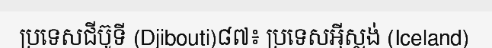
ប្រទេសជីប៊ូទី (Djibouti)៨៧៖ ប្រទេសអ៊ីស្លង់ (Iceland)